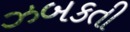
ઝબકતી